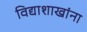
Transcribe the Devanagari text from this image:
विद्याशाखांना